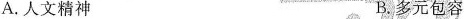
A.人文精神 B.多元包容